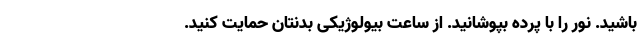
باشید. نور را با پرده بپوشانید. از ساعت بیولوژیکی بدنتان حمایت کنید.